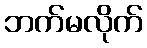
ဘက်မလိုက်